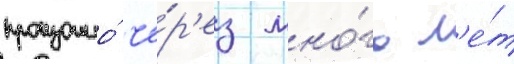
произошло́ че́р'ез мно́го л'е́т